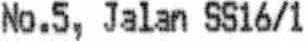
NO.5, JALAN SS16/1